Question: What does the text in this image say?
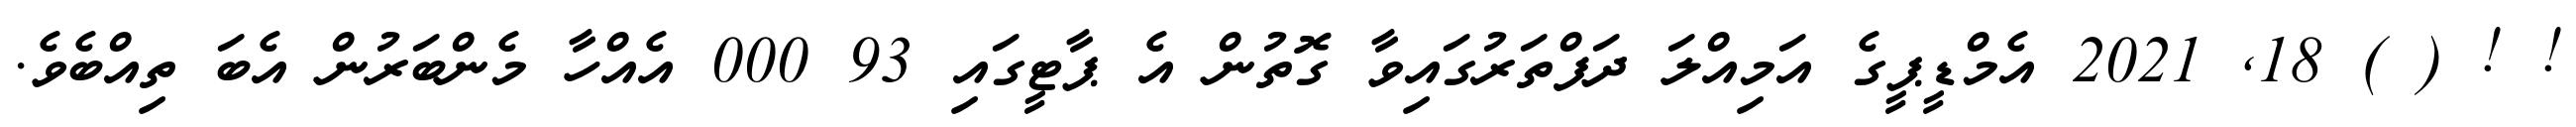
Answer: ! ! ( ) 18, 2021 އެމްޑީޕީގެ އަމިއްލަ ދަފްތަރުގައިވާ ގޮތުން އެ ޕާޓީގައި 93 000 އެއްހާ މެންބަރުން އެބަ ތިއްބެވެ.